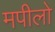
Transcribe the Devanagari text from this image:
मपीलो